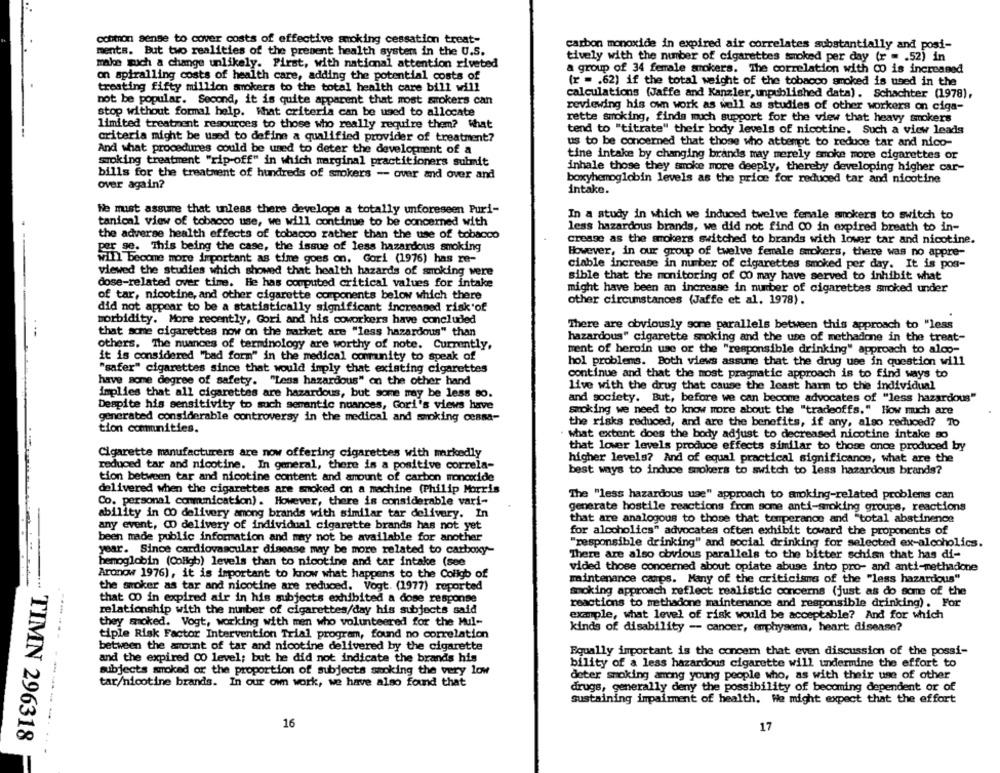
common sense to cover costs of effective smoking cessation treat-
carbon monoxide in expired air correlates substantially and posi-
ments. But two realities of the present health system in the U.S.
tively with the number of cigarettes smoked per day (r = . 52) in
make much a change unlikely. Pirst, with national attention riveted
a group of 34 female smokers. The correlation with CO is increased
on spiralling costs of health care, adding the potential costs of
(r = . 62) if the total weight of the tobacco smoked is used in the
treating fifty million smokers to the total health care bill will
not be popular. Second, it is quite apparent that most srokers can
calculations (Jaffe and Kanzler, unpublished data). Schachter (1978),
reviewing his own work as well as studies of other workers on ciga-
stop without formal help. What criteria can be used to allocate
limited treatment resources to those who really require them? What
rette smoking, finds much support for the view that heavy smokers
tend to "titrate" their body levels of nicotine. Such a view leads
criteria might be used to define a qualified provider of treatment?
us to be concerned that those who attempt to reduce tar and nico-
And what procedures could be used to deter the development of a
tine intake by changing brands may merely smoke more cigarettes or
suoking treatment "rip-off" in which marginal practitioners submit
inhale those they smoke more deeply, thereby developing higher car-
bills for the treatment of hundreds of smokers - over and over and
boxyhemoglobin levels as the price for reduced tar and nicotine
over again?
intake.
We must assure that unless there developa a totally unforeseen Puri-
In a study in which we induced twelve female smokers to switch to
tanical view of tobacco use, we will continue to be concerned with
less hazardous brands, we did not find 00 in expired breath to in-
the adverse health effects of tobacco rather than the use of tobacco
crease as the smokers switched to brands with lower tar and nicotine.
per ge. This being the case, the issue of less hazardous smoking
However, in our group of twelve female smokers, there was no appre-
will become more important as time goes on. Gori (1976) has re-
ciable increase in number of cigarettes smoked per day. It is pos-
viewed the studies which showed that health hazards of smoking were
sible that the monitoring of 00 may have served to inhibit what
dose-related over time. He has couputed critical values for intake
might have been an increase in number of cigarettes smoked under
of tar, nicotine, and other cigarette components below which there
other circumstances (Jaffe et al. 1978).
did not appear to be a statistically significant increased risk of
morbidity. More recently, Gori and his coworkers have concluded
There are obviously some parallels between this approach to "less
that some cigarettes now on the market are "less hazardous" than
hazardous" cigarette smoking and the use of methadone in the treat-
others, The nuances of terminology are worthy of note. Currently,
ment of heroin use or the "responsible drinking" approach to alco-
it is considered "bad form" in the medical community to speak of
hol problems. Both views assume that the drug use in question will
"safer" cigarettes since that would imply that existing cigarettes
continue and that the most pragmatic approach is to find ways to
have some degree of safety. "Less hazardous" on the other hand
live with the drug that cause the least harm to the individual
implies that all cigarettes are hazardous, but some may be less so.
and society. But, before we can become advocates of "less hazardous"
Despite his sensitivity to such semantic nuances, Gori's views have
smoking we need to know more about the "tradeoffs." How much are
generated considerable controversy in the medical and smoking cessa-
the risks reduced, and are the benefits, if any, also reduced? To
tion communities.
what extent does the body adjust to decreased nicotine intake so
that lower levels produce effects similar to those ance produced by
Cigarette manufacturers are now offering cigarettes with markedly
higher levels? And of equal practical significance, what are the
reduced tar and nicotine. In general, there is a positive correla-
best ways to induce smokers to switch to less hazardous brands?
tion between tar and nicotine content and amount of carbon monoxide
delivered when the cigarettes are smoked on a machine (Philip Morris
The "less hazardous use" approach to smoking-related problems can
Co. personal communication). However, there is considerable vari-
generate hostile reactions from some anti-smoking groups, reactions
-
ability in 00 delivery among brands with similar tar delivery. In
that are analogous to those that temperanos and "total abstinence
any event, CO delivery of individual cigarette brands has not yet
for alcoholics" advocates often exhibit toward the proponents of
been made public information and may not be available for another
. ..
year. Since cardiovascular disease may be more related to carboxy-
"responsible drinking" and social drinking for selected ex-alcoholics.
There are also obvious parallels to the bitter schisn that has di-
hemoglobin (Coligb) levels than to nicotine and tar intake (see
vided those concerned about opiate abuse into pro- and anti-methadone
Aronow 1976), it is important to know what happens to the Collgb of
maintenance camps. Many of the criticisms of the "less hazardous"
the smoker as tar and nicotine are reduced. Vogt. (1977) reported
smoking approach reflect realistic concerns (just as do some of the
that 00 in expired air in his subjects exhibited a dose response
reactions to methadone maintenance and responsible drinking). For
relationship with the number of cigarettes/day his subjects said
example, what level of risk would be acceptable? And for which
they smoked. Vogt, working with men who volunteered for the Mul-
tiple Risk Factor Intervention Trial program, found no correlation
kinds of disability -- cancer, emphysema, heart disease?
between the amount of tar and nicotine delivered by the cigarette
and the expired CO level; but he did not indicate the brands his
Equally important is the concern that even discussion of the possi-
bility of a less hazardous cigarette will undermine the effort to
subjects smoked or the proportion of subjects smoking the very low
deter smoking among young people who, as with their use of other
tar/nicotine brands. In our own work, we have also found that
drugs, generally deny the possibility of becoming dependent or of
sustaining impairment of health. We might expect that the effort
16
17
TIMN 296318